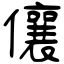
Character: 儴